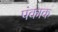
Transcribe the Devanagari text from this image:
पंकाक